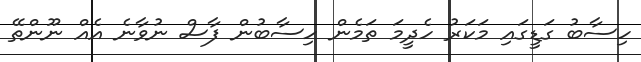
ހިސާބު ގަޑީގައި މަކަރު ހެދީމަ ތަމެން ހިސާބުން ފާސް ނުވާނެ އެއް ނޫންތޭ